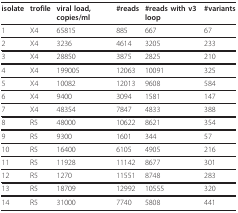
<table><thead><tr><td><b>isolate</b></td><td><b>trofile</b></td><td><b>viral load, copies/ml</b></td><td><b>#reads</b></td><td><b>#reads with v3 loop</b></td><td><b>#variants</b></td></tr></thead><tbody><tr><td>1</td><td>X4</td><td>65815</td><td>885</td><td>667</td><td>67</td></tr><tr><td>2</td><td>X4</td><td>3236</td><td>4614</td><td>3205</td><td>233</td></tr><tr><td>3</td><td>X4</td><td>28850</td><td>3875</td><td>2825</td><td>210</td></tr><tr><td>4</td><td>X4</td><td>199005</td><td>12063</td><td>10091</td><td>325</td></tr><tr><td>5</td><td>X4</td><td>10082</td><td>12013</td><td>9608</td><td>584</td></tr><tr><td>6</td><td>X4</td><td>9400</td><td>3094</td><td>1581</td><td>147</td></tr><tr><td>7</td><td>X4</td><td>48354</td><td>7847</td><td>4833</td><td>388</td></tr><tr><td>8</td><td>R5</td><td>48000</td><td>10622</td><td>8621</td><td>354</td></tr><tr><td>9</td><td>R5</td><td>9300</td><td>1601</td><td>344</td><td>57</td></tr><tr><td>10</td><td>R5</td><td>16400</td><td>6105</td><td>4905</td><td>216</td></tr><tr><td>11</td><td>R5</td><td>11928</td><td>11142</td><td>8677</td><td>301</td></tr><tr><td>12</td><td>R5</td><td>1270</td><td>11551</td><td>8748</td><td>283</td></tr><tr><td>13</td><td>R5</td><td>18709</td><td>12992</td><td>10555</td><td>320</td></tr><tr><td>14</td><td>R5</td><td>31000</td><td>7740</td><td>5808</td><td>441</td></tr></tbody></table>